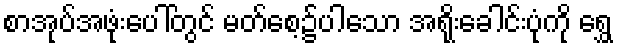
စာအုပ်အဖုံးပေါ်တွင် မတ်စေ့၌ပါသော အရိုးခေါင်းပုံကို ရွှေ